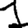
Digit: 1